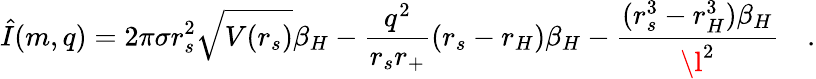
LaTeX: \hat{I}(m,q)=2\pi\sigma r_{s}^{2}\sqrt{V(r_{s})}\beta_{H}-\frac{q^{2}}{r_{s}r_{+}}(r_{s}-r_{H})\beta_{H}-\frac{(r_{s}^{3}-r_{H}^{3})\beta_{H}}{\l^{2}}\quad.